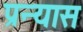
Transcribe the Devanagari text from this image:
प्रन्‍यास